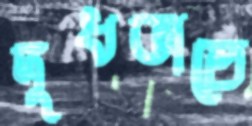
দুধভাতে